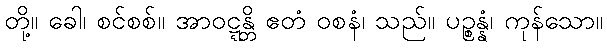
တို့။ ခေါ၊ စင်စစ်။ အာဝဋ္ဋန္တိ ဧတံ ဝစနံ၊ သည်။ ပဉ္စန္နံ၊ ကုန်သော။